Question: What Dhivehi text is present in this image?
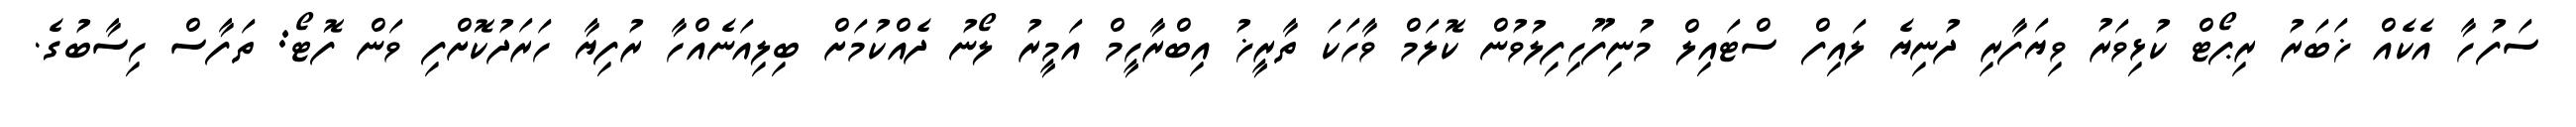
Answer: ސަފުހާ އެކެއް ޚަބަރު ރިޕޯޓް ކުޅިވަރު ވިޔަފާރި ދުނިޔެ ލައިފް ސްޓައިލް މުނިފޫހިފިލުވުން ކޮލަމް ވާހަކަ ތާރީޚު އިބްރާހީމް އަމީރު ލޯނު ދެއްކުމަށް ބިލިއަނެއްހާ ރުފިޔާ ހަރަދުކޮށްފި ވަން ފޮޓޯ: ތަފާސް ހިސާބުގެ.